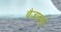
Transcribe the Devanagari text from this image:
बैजाबाई